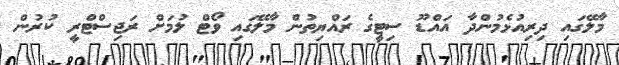
މާލޭގައި ދިރިއުޅެމުންދާ އައްޑޫ ސިޓީގެ ރައްޔިތުން މާލޭގައި ވޯޓް ލުމަށް ރަޖިސްޓްރީ ކުރުން